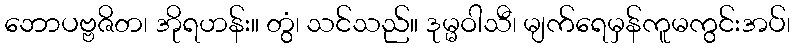
ဘောပဗ္ဗဇိတ၊ အိုရဟန်း။ တွံ၊ သင်သည်။ ဒုမ္မဝါသီ၊ မျက်ရေမှန်ကူမကွင်းအပ်၊